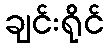
ချင်းရိုင်